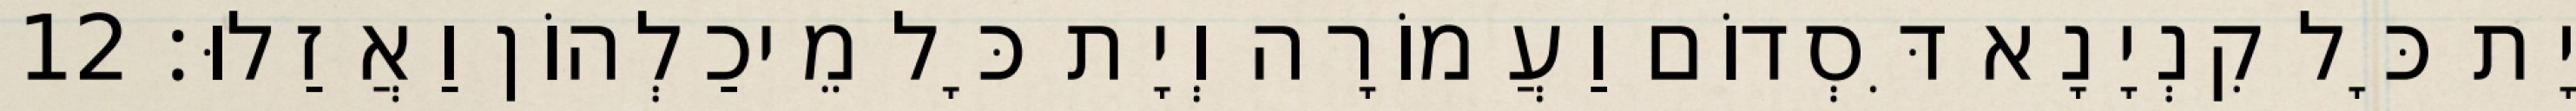
יָת כָּל קִנְיָנָא דִּסְדוֹם וַעֲמוֹרָה וְיָת כָּל מֵיכַלְהוֹן וַאֲזַלוּ׃ 12